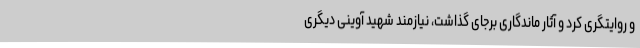
و روایتگری کرد و آثار ماندگاری برجای گذاشت، نیازمند شهید آوینی دیگری